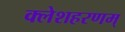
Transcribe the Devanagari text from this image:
क्लेशहरणम्